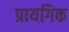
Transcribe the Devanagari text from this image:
प्रायगिक